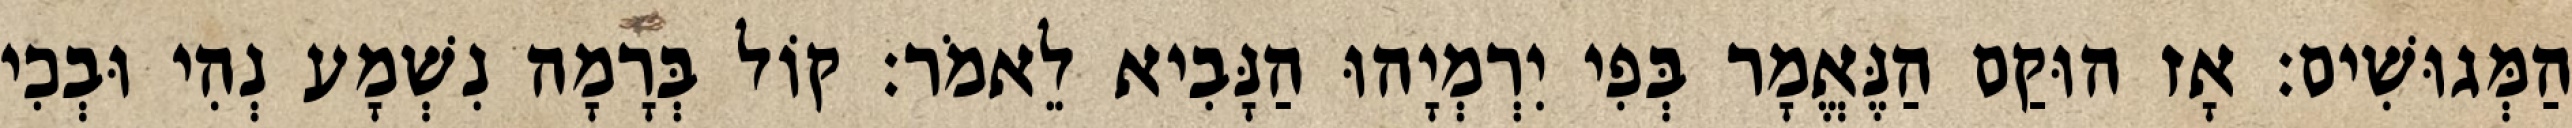
הַמְּגוּשִׁים׃ אָז הוּקַם הַנֶּאֱמָר בְּפִי יִרְמְיָהוּ הַנָּבִיא לֵאמֹר׃ קוֹל בְּרָמָה נִשְׁמָע נְהִי וּבְכִי